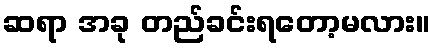
ဆရာ အခု တည်ခင်းရတော့မလား။